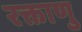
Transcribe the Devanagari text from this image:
रक्ताणु